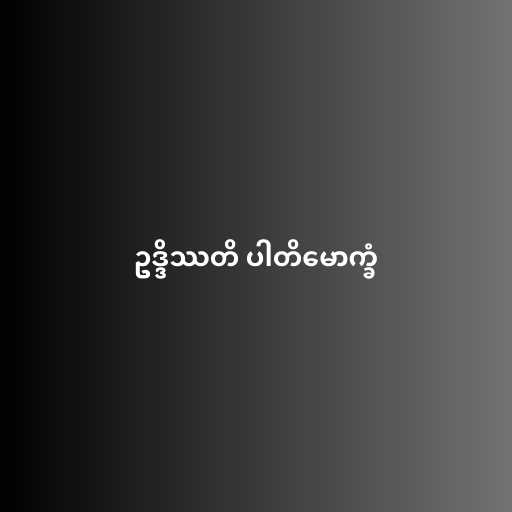
ဥဒ္ဒိဿတိ ပါတိမောက္ခံ